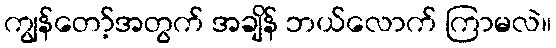
ကျွန်တော့်အတွက် အချိန် ဘယ်လောက် ကြာမလဲ။